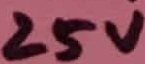
Text: 25V